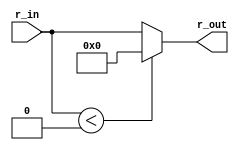
module ReLu(r_in,r_out);
// port
input  wire signed [31:0] r_in;
output reg [31:0] r_out;

// Combinational Logic
always @(*) begin
    if(r_in<0) r_out <= 0;
    else r_out <= r_in;
end
endmodule